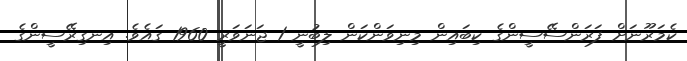
ކެމަރޫނަށް ފަރަންސޭސީންގެ ކިބައިން މިނިވަންކަން ލިބުނީ 1 ޖަނަވަރީ 1960 ގައެެވެ. އިނގިރޭސީންގެ